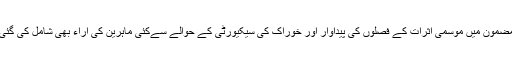
اس مضمون میں موسمی اثرات کے فصلوں کی پیداوار اور خوراک کی سیکیورٹی کے حوالے سےکئی ماہرین کی آراء بھی شامل کی گئی ہیں۔